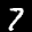
Label: 7